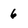
Character: 6